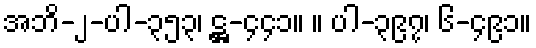
အဘိ-၂-ပါ-၃၅၃၊ ဋ္ဌ-၄၄၁။ ။ ပါ-၃၉၇၊ ၆-၄၉၁။